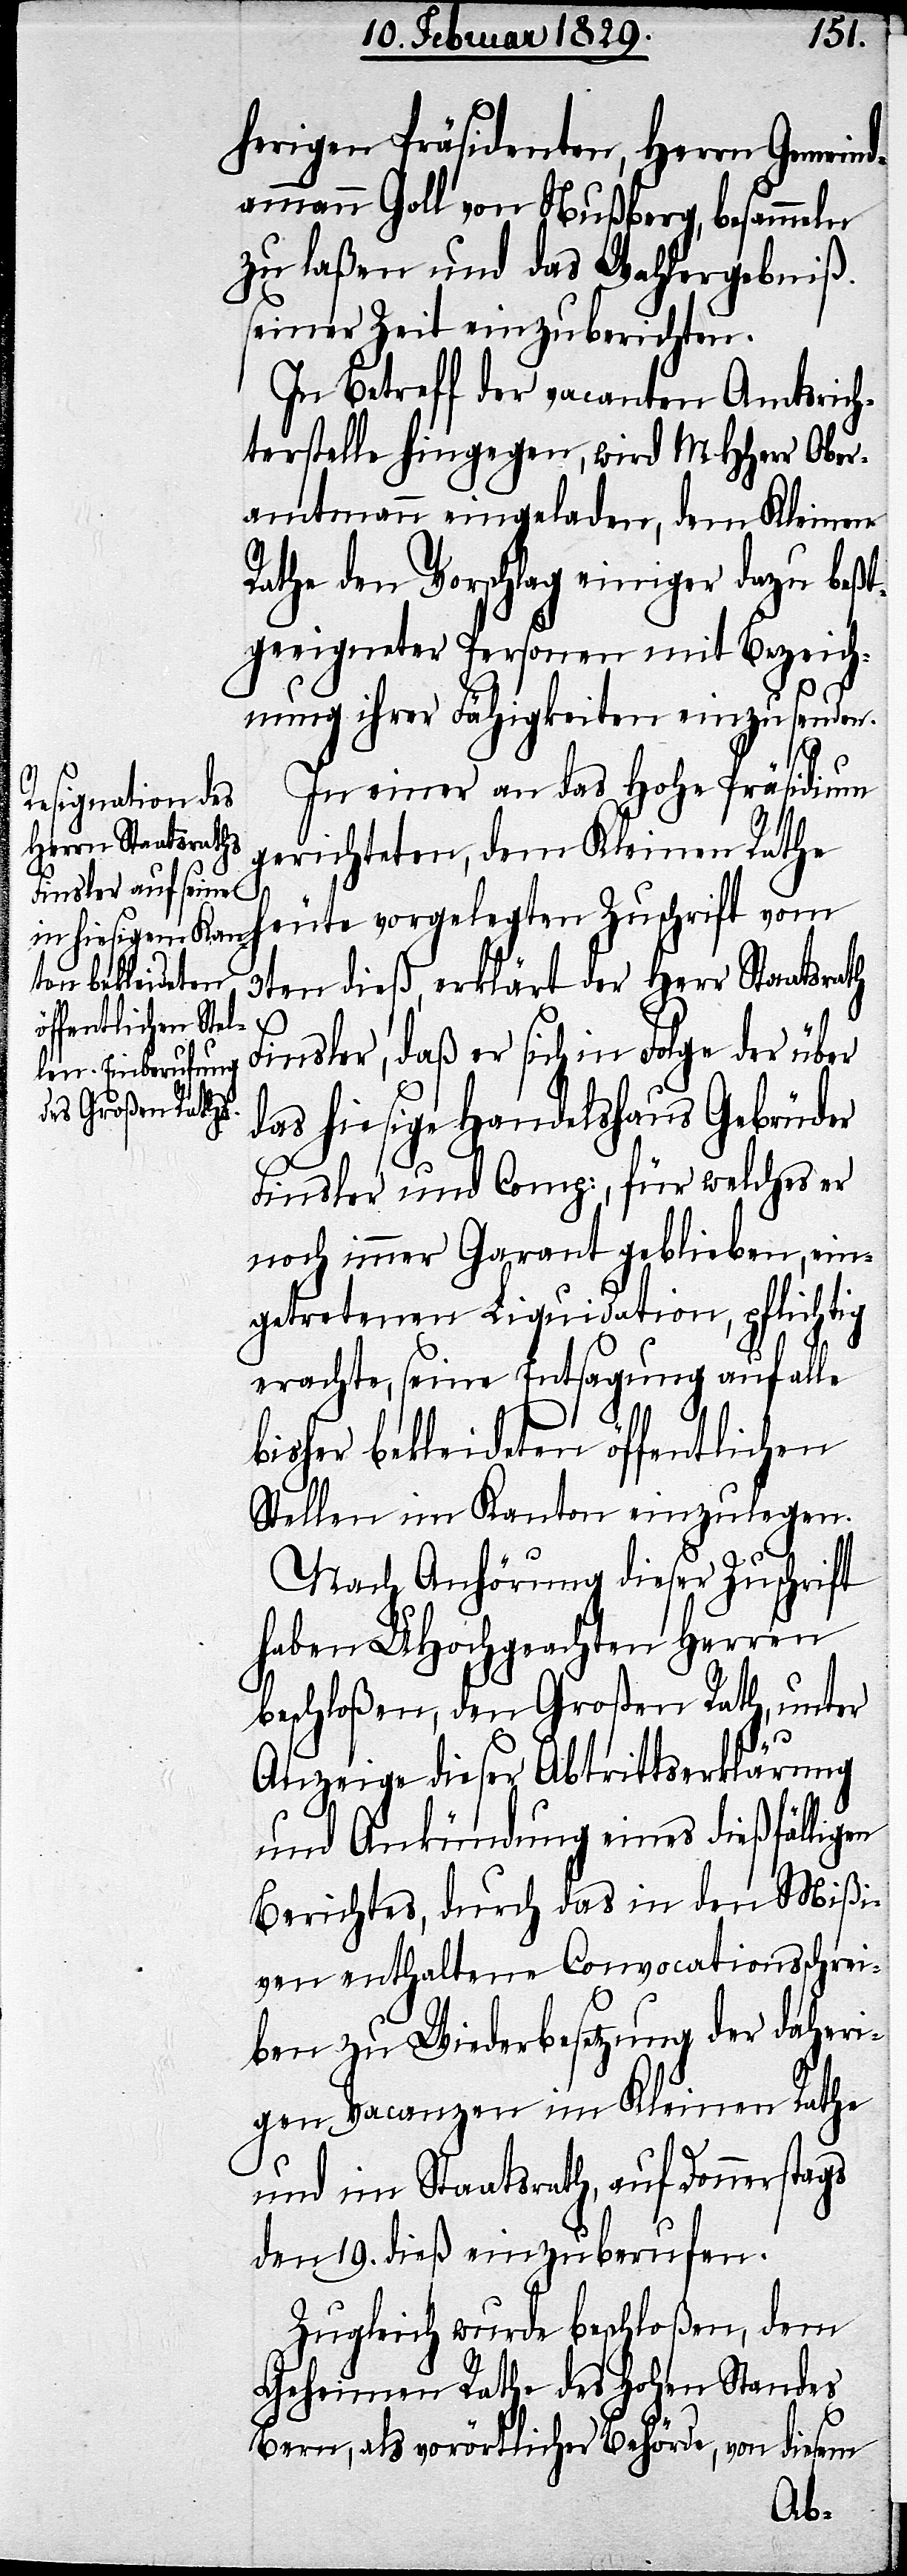
herigen Präsidenten, Herrn Gemeind¬
ammann Goll von Nußberg, besammeln
zu laßen und das Wahlergebniß
seiner Zeit einzuberichten.
In Betreff der vacanten Amtsrich¬
terstelle hingegen, wird MHHerr Ober¬
amtmann eingeladen, dem Kleinen
Rathe den Vorschlag einiger dazu beßt¬
geeigneter Personen einzuse¬
In einer an das Hohe Präsidium
gerichteten, dem Kleinen Rathe
heute vorgelegten Zuschrift vom
3ten dieß, erklärt der Herr Staatsrath
Finsler, daß er sich in Folge der über
das hiesige Handelshaus Gebrüder
Finsler und Comp, für welches er
noch immer Garant geblieben, ein¬
getretenen Liquidation, pflichtig
erachte, seine Entsagung auf alle
bisher bekleideten öffentlichen
Stellen im Kanton einzulegen.
Nach Anhörung dieser Zuschrift
haben UHochgeachten Herren
beschloßen, den Großen Rath, unter
nden.
Anzeige dieser Abtrittserklärung
und Ankündigung eines dießfälligen
Berichtes, durch das in den Mißi¬
ven enthaltene Convocationsschrei¬
ben zu Wiederbesetzung der daheri¬
gen Vacanzen im Kleinen Rathe
und im Staatsrathe, auf Donnerstags
den 19. dieß einzuberufen.
Zugleich wurde beschloßen, dem
Geheimen Rathe des Hohen Standes
Bern, als vorörtlicher Behörde, von diesem